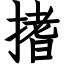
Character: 搘